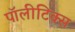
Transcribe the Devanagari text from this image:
पॉलीटिक्स